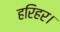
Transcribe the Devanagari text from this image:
हरिहर।